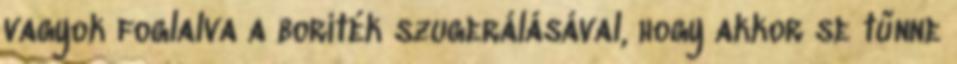
vagyok foglalva a boríték szugerálásával, hogy akkor se tűnne